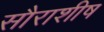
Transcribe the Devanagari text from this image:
सौराशीष